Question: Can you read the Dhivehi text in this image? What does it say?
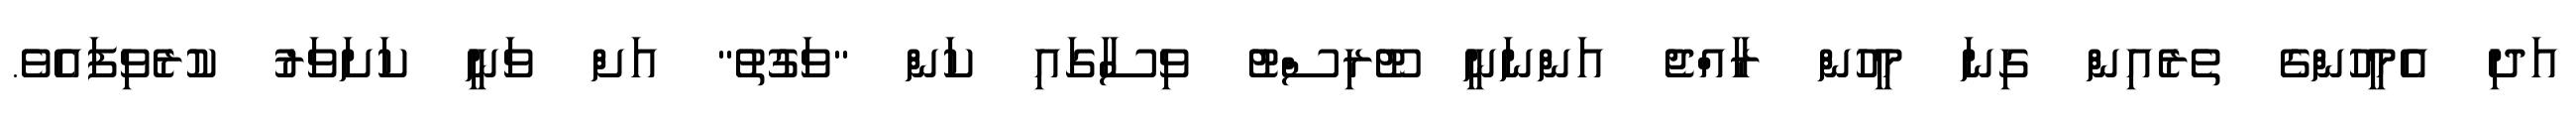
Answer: އަދި އެމީހުންގެ ތެރެއިން ގިނަ މީހުން ރާއްޖެ އަންނަނީ ޓޫރިސްޓު ވިސާގައި ކަން "ވަގުތު" އަށް ވަނީ ކަށަވަރު ކުރެވިފައެވެ.